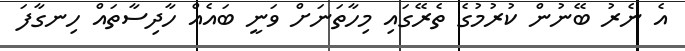
އެ ނެރު ބޭނުން ކުރުމުގެ ތެރޭގައި މިހާތަނަށް ވަނީ ބައެއް ހާދިސާތައް ހިނގާފަ